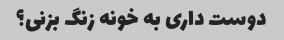
دوست داری به خونه زنگ بزنی؟